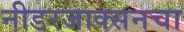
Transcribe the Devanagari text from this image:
नीडरजाक्सनचा